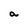
Character: a